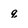
Character: q